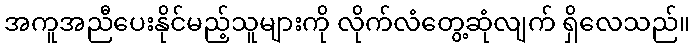
အကူအညီပေးနိုင်မည့်သူများကို လိုက်လံတွေ့ဆုံလျက် ရှိလေသည်။